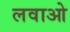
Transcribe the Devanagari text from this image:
लवाओ